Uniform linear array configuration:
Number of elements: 64
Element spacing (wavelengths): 0.5
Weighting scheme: binomial
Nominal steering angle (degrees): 30
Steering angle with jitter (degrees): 30.112
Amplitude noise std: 0.05
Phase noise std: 0.05

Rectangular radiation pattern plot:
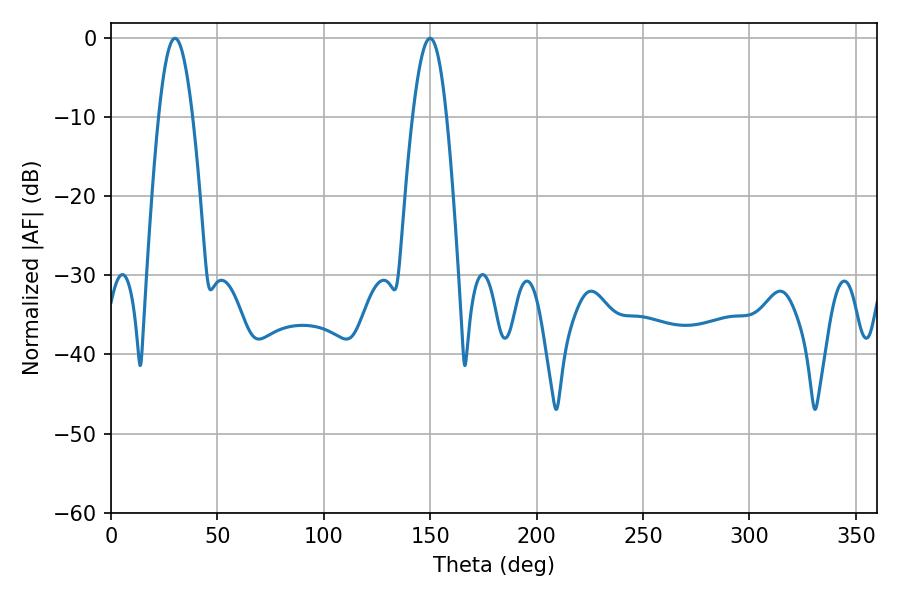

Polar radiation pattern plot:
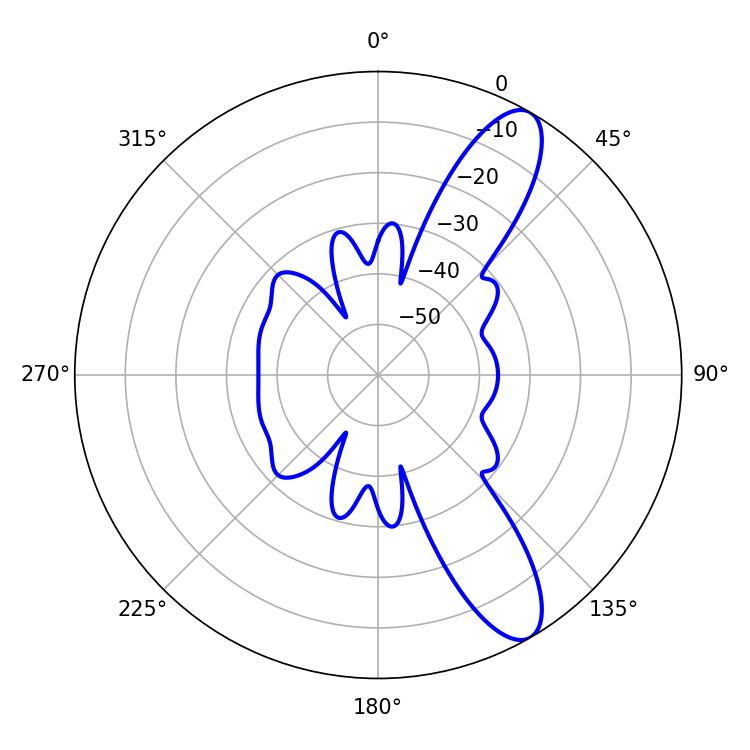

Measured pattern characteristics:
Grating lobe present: FALSE
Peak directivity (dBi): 10.85
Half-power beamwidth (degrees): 8.64
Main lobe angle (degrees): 30.06